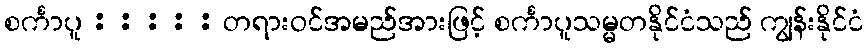
စင်္ကာပူ : : : : : တရားဝင်အမည်အားဖြင့် စင်္ကာပူသမ္မတနိုင်ငံသည် ကျွန်းနိုင်ငံ